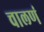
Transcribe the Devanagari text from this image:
चालणं